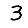
Digit: 3